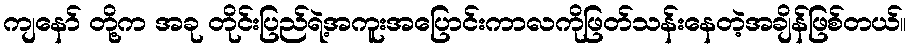
ကျနော် တို့က အခု တိုင်းပြည်ရဲ့အကူးအပြောင်းကာလကိုဖြတ်သန်းနေတဲ့အချိန်ဖြစ်တယ်။